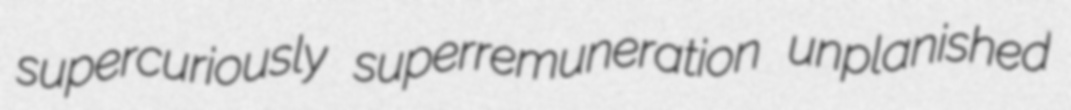
supercuriously superremuneration unplanished